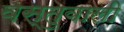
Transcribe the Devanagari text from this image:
वस्तुवाली